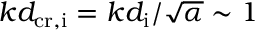
k d _ { \mathrm { c r , i } } = k d _ { \mathrm { i } } / \sqrt { \alpha } \sim 1